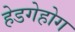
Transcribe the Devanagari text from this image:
हेडगेहोग